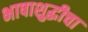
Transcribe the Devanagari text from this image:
भाषाशुद्धीचा